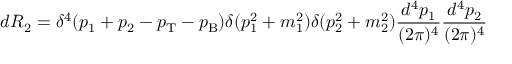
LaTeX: d R _ { 2 } = \delta ^ { 4 } ( p _ { 1 } + p _ { 2 } - p _ { \mathrm { T } } - p _ { \mathrm { B } } ) \delta ( p _ { 1 } ^ { 2 } + m _ { 1 } ^ { 2 } ) \delta ( p _ { 2 } ^ { 2 } + m _ { 2 } ^ { 2 } ) \frac { d ^ { 4 } p _ { 1 } } { ( 2 \pi ) ^ { 4 } } \frac { d ^ { 4 } p _ { 2 } } { ( 2 \pi ) ^ { 4 } }